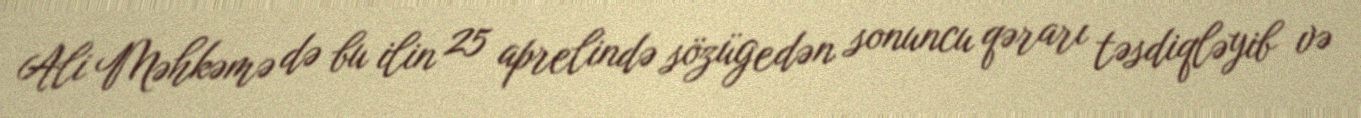
Ali Məhkəmə də bu ilin 25 aprelində sözügedən sonuncu qərarı təsdiqləyib və